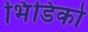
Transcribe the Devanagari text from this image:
भिंडिको